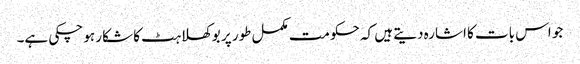
جو اس بات کا اشارہ دیتے ہیں کہ حکومت مکمل طور پر بوکھلاہٹ کا شکار ہو چکی ہے۔